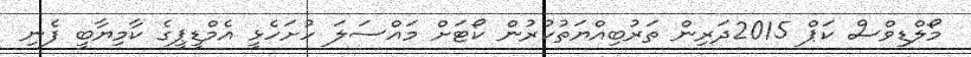
މޯލްޑިވްސް ކަޕް 2015ދަރިން ތަރުބިއްޔަތުކުރުން ކޯޓަށް މައްސަލަ ހުށަހެޅީ އެމްޑީޕީގެ ކާމިޔާބީ ފެނި